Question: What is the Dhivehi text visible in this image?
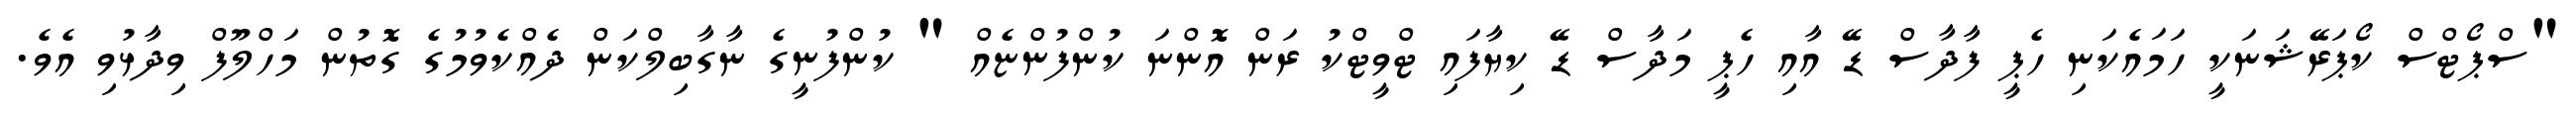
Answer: "ސްޕޯޓްސް ކޯޕަރޭޝަނަކީ ހަމައެކަނި ހެޕީ ފާދާސް ޑޭ އާއި ހެޕީ މަދާސް ޑޭ ކިޔާފައި ޓްވީޓްކު ރަން އޮންނަ ކުންފުންޏެއް " ކުންފުނީގެ ނާގާބިލްކަން ދެއްކެވުމުގެ ގޮތުން މަހްލޫފް ވިދާޅުވި އެވެ.